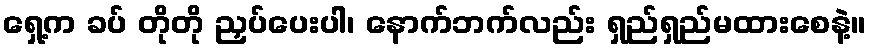
ရှေ့က ခပ် တိုတို ညှပ်ပေးပါ၊ နောက်ဘက်လည်း ရှည်ရှည်မထားစေနဲ့။